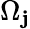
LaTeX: \Omega_{\mathbf{j}}